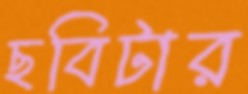
ছবিটার